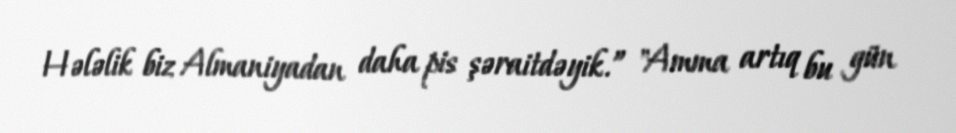
Hələlik biz Almaniyadan daha pis şəraitdəyik.” "Amma artıq bu gün